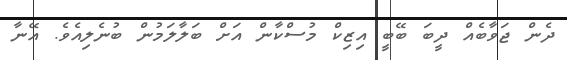
ދެން ޖަވާބެއް ދީބަ ބޭބީ އިޒިކް މުސްކާން އަށް ބަލާލަމުން ބުނެލިއެވެ. އޭނާ